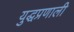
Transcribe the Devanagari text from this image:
युद्धप्रणाली